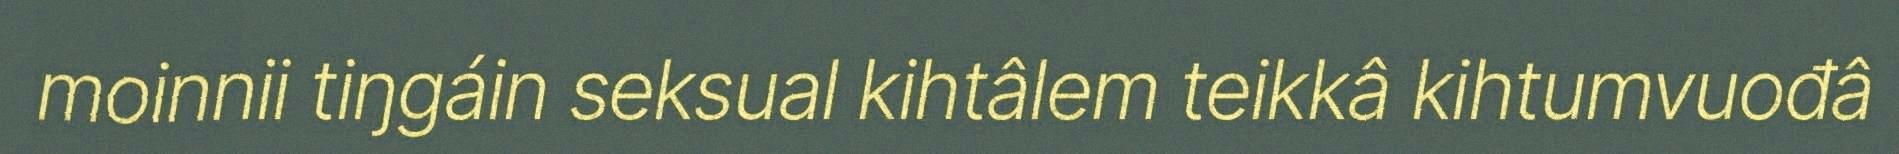
moinnii tiŋgáin seksual kihtâlem teikkâ kihtumvuođâ